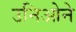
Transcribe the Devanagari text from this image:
उनिओने